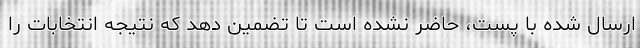
ارسال شده با پست، حاضر نشده است تا تضمین دهد که نتیجه انتخابات را